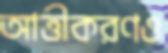
আত্তীকরণও